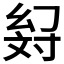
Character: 𢇉